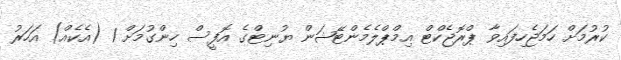
ކުރުމަށް ހަމަޖެހިފައިވާ ޕްރޮޖެކްޓް އިމްޕްލެމެންޓޭޝަން ޔުނިޓްގެ އޮފީސް ހިންގުމަށް 1 (އެކެއް) އަހަރު